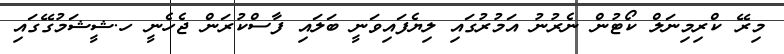
މިރޭ ކްރިމިނަލް ކޯޓުން ނެރުނު އަމުރުގައި ލިޔެފައިވަނީ ބަލައި ފާސްކުރަން ޖެހެނީ ހ.ޝީޝަމުގޭގައި